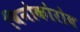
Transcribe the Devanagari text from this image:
विनोकोरोव